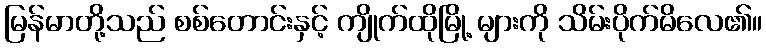
မြန်မာတို့သည် စစ်တောင်းနှင့် ကျိုက်ထိုမြို့ များကို သိမ်းပိုက်မိလေ၏။